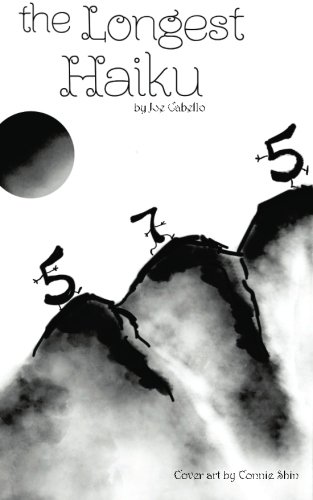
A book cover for The Longest Haiku: 100% 5-7-5 syllable structure. The longest haiku ever written.; Joe Cabello; Literature & Fiction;